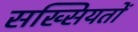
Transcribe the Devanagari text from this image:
सख्सियतों